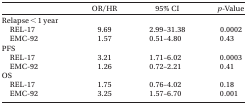
<table><thead><tr><td></td><td><b>OR/HR</b></td><td><b>95% CI</b></td><td><b><i>p</i>-Value</b></td></tr></thead><tbody><tr><td>Relapse &lt; 1 year</td><td></td><td></td><td></td></tr><tr><td> REL-17</td><td>9.69</td><td>2.99–31.38</td><td>0.0002</td></tr><tr><td> EMC-92</td><td>1.57</td><td>0.51–4.80</td><td>0.43</td></tr><tr><td>PFS</td><td></td><td></td><td></td></tr><tr><td> REL-17</td><td>3.21</td><td>1.71–6.02</td><td>0.0003</td></tr><tr><td> EMC-92</td><td>1.26</td><td>0.72–2.21</td><td>0.41</td></tr><tr><td>OS</td><td></td><td></td><td></td></tr><tr><td> REL-17</td><td>1.75</td><td>0.76–4.02</td><td>0.18</td></tr><tr><td> EMC-92</td><td>3.25</td><td>1.57–6.70</td><td>0.001</td></tr></tbody></table>